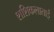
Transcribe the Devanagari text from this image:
शशिकलाताई